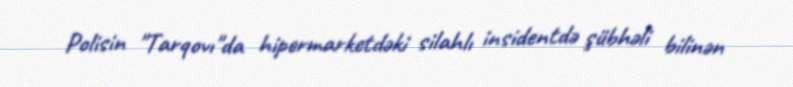
Polisin "Tarqovı"da hipermarketdəki silahlı insidentdə şübhəli bilinən